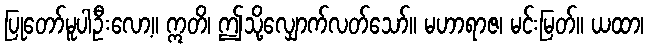
ပြုတော်မူပါဦးလော့။ ဣတိ၊ ဤသို့လျှောက်လတ်သော်။ မဟာရာဇ၊ မင်းမြတ်။ ယထာ၊